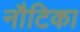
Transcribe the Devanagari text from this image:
नौटिका